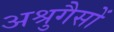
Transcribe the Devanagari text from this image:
अश्रुगैसों